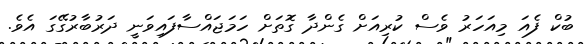
ބުކް ފެއަ މިއަހަރު ވެސް ކުރިއަށް ގެންދާ ގޮތަށް ހަމަޖައްސާފައިވަނީ ދަރުބާރުގޭގަ އެވެ.